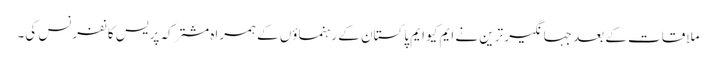
ملاقات کے بعد جہانگیر ترین نے ایم کیو ایم پاکستان کے رہنماؤں کے ہمراہ مشترکہ پریس کانفرنس کی۔